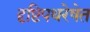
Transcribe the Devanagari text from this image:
दृष्टिपथरेषेत